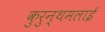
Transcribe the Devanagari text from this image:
कुरुन्थमलाई